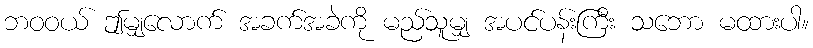
ဘဝဝယ် ဤမျှလောက် အခက်အခဲကို မည်သူမျှ အပင်ပန်းကြီး သဘော မထားပါ။